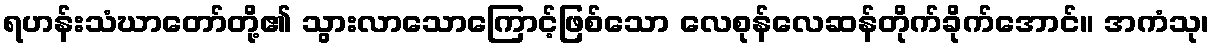
ရဟန်းသံဃာတော်တို့၏ သွားလာသောကြောင့်ဖြစ်သော လေစုန်လေဆန်တိုက်ခိုက်အောင်။ အကံသု၊